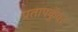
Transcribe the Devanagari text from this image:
प्रतापकुॅवर